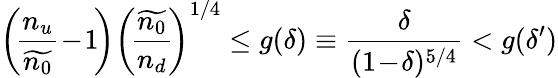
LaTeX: \left(\! \frac{n_{u}}{\widetilde{n_{0}}}\! -\! 1\! \right)\left(\! \frac{\widetilde{n_{0}}}{n_{d}}\! \right)^{1/4}\le g(\delta)\equiv\frac{\delta}{(1\! -\! \delta)^{5/4}}<g(\delta^{\prime})